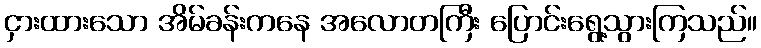
ငှားထားသော အိမ်ခန်းကနေ အလောတကြီး ပြောင်းရွေ့သွားကြသည်။